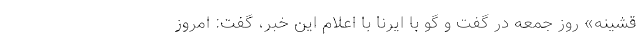
قشینه» روز جمعه در گفت و گو با ایرنا با اعلام این خبر، گفت: امروز